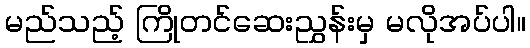
မည်သည့် ကြိုတင်ဆေးညွှန်းမှ မလိုအပ်ပါ။